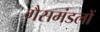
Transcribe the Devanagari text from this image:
गैसमंडलों